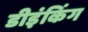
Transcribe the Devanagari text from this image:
डीइंकिंग